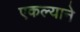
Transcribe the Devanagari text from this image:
एकल्याने